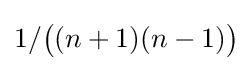
1/{\big (}(n+1)(n-1){\big )}